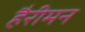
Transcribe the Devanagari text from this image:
हैरीमन